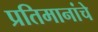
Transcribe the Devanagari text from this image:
प्रतिमानांचे